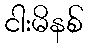
ငါးမိနစ်